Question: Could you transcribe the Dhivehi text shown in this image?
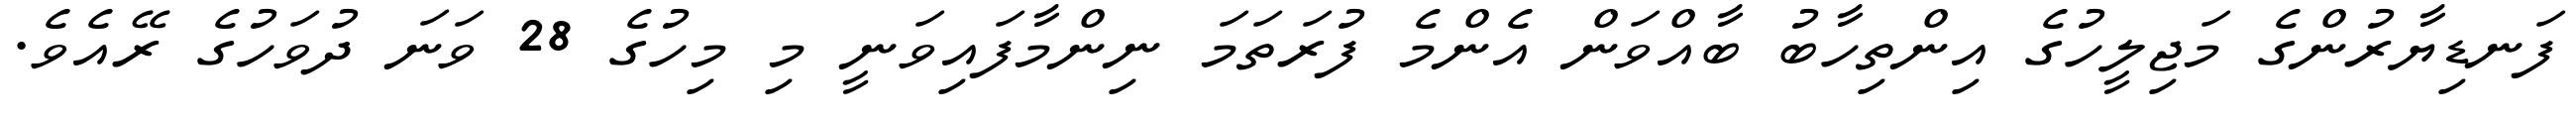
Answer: ފަނޑިޔާރުންގެ މަޖިލީހުގެ އިންތިހާބު ބާއްވަން އެންމެ ފުރަތަމަ ނިންމާފައިވަނީ މި މިހުގެ 28 ވަނަ ދުވަހުގެ ރޭއެވެ.